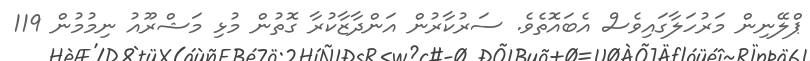
ޕްލޭނިން މަރުހަލާގައިވެސް އެބައޮތެވެ. ސަރުކާރުން އަންދާޒާކުރާ ގޮތުން މުޅި މަޝްރޫއު ނިމުމުން 119